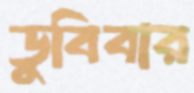
ডুবিবার